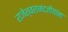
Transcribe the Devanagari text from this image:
राजेश्वरानंदजीयांना